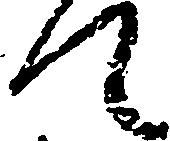
て